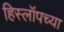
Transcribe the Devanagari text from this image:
हिस्लॉपच्या